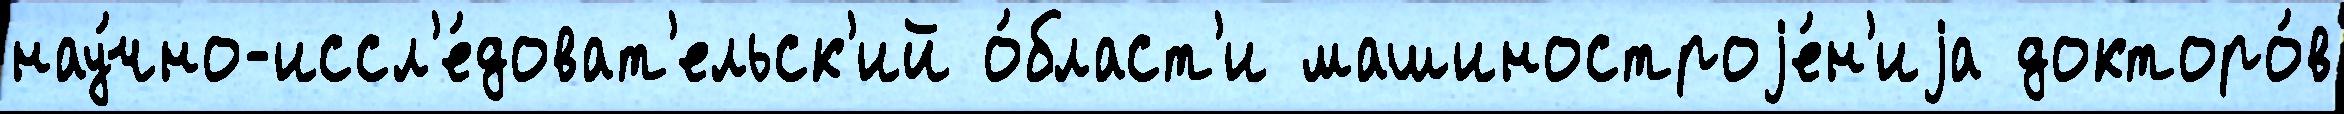
нау́чно-иссл'е́доват'ельск'ий о́бласт'и машиностроjе́н'иjа докторо́в